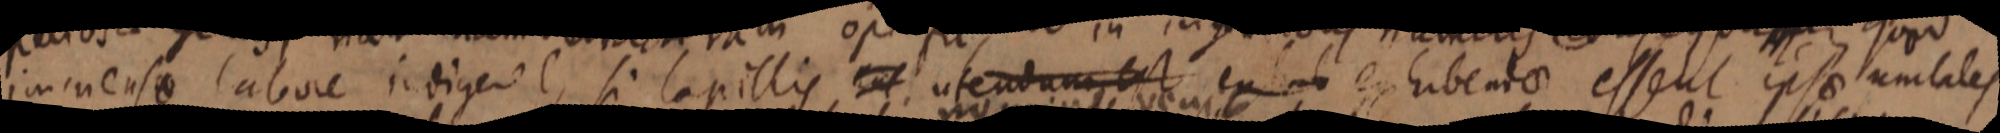
immense labore indigere, si lapillis eut utendum est ex ab ex hibento essent ipsae umtales